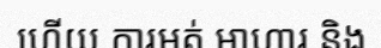
ហើយ ការអត់ អាហារ និង